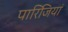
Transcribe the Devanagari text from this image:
पारिजियां